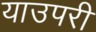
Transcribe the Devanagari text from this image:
याउपरी